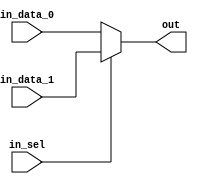
module commonlib_muxn__N2__width16 (
    input [15:0] in_data_0,
    input [15:0] in_data_1,
    input [0:0] in_sel,
    output [15:0] out
);
assign out = in_sel[0] ? in_data_1 : in_data_0;
endmodule